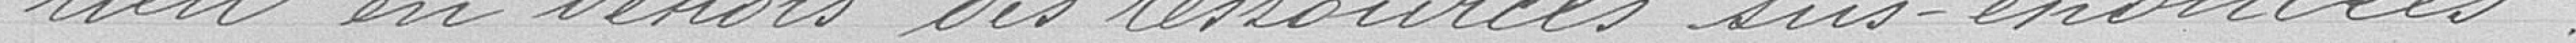
rien en dehors des sommes sus-nommées